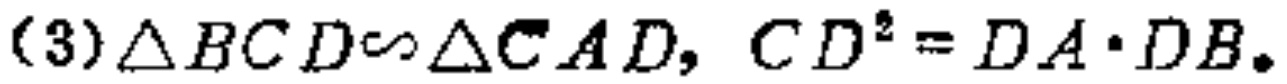
(3)$\triangle BCD\sim\triangle CAD,\ CD^{2}=DA\cdot DB.$